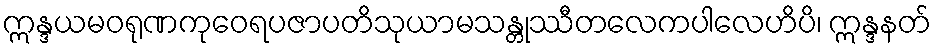
ဣန္ဒယမဝရုဏကုဝေရပဇာပတိသုယာမသန္တုဿီတလေကပါလေဟိပိ၊ ဣန္ဒနတ်